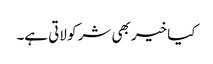
کیا خیر بھی شر کو لاتی ہے۔